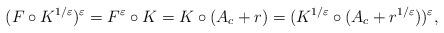
LaTeX: \begin{align*} (F{}{} \circ K{}{}^{1/\varepsilon})^\varepsilon = F{}{}^\varepsilon \circ K{}{} = K{}{} \circ (A_c + r) = (K{}{}^{1/\varepsilon} \circ (A_c + r^{1/\varepsilon}))^\varepsilon,\end{align*}